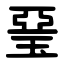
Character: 琧